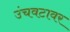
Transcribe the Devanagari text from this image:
उंचवटावर